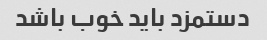
دستمزد باید خوب باشد